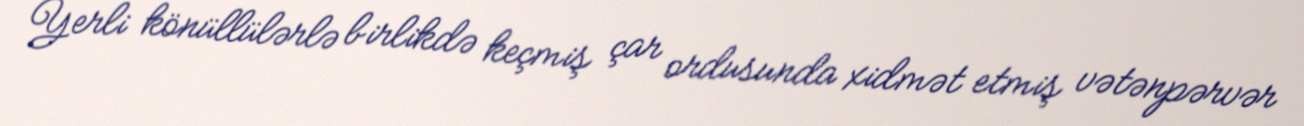
Yerli könüllülərlə birlikdə keçmiş çar ordusunda xidmət etmiş vətənpərvər